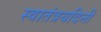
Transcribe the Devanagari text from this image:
स्वातंत्रयदिनी